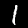
Label: 1